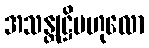
အသန္တုဋ္ဌိဗဟုလော